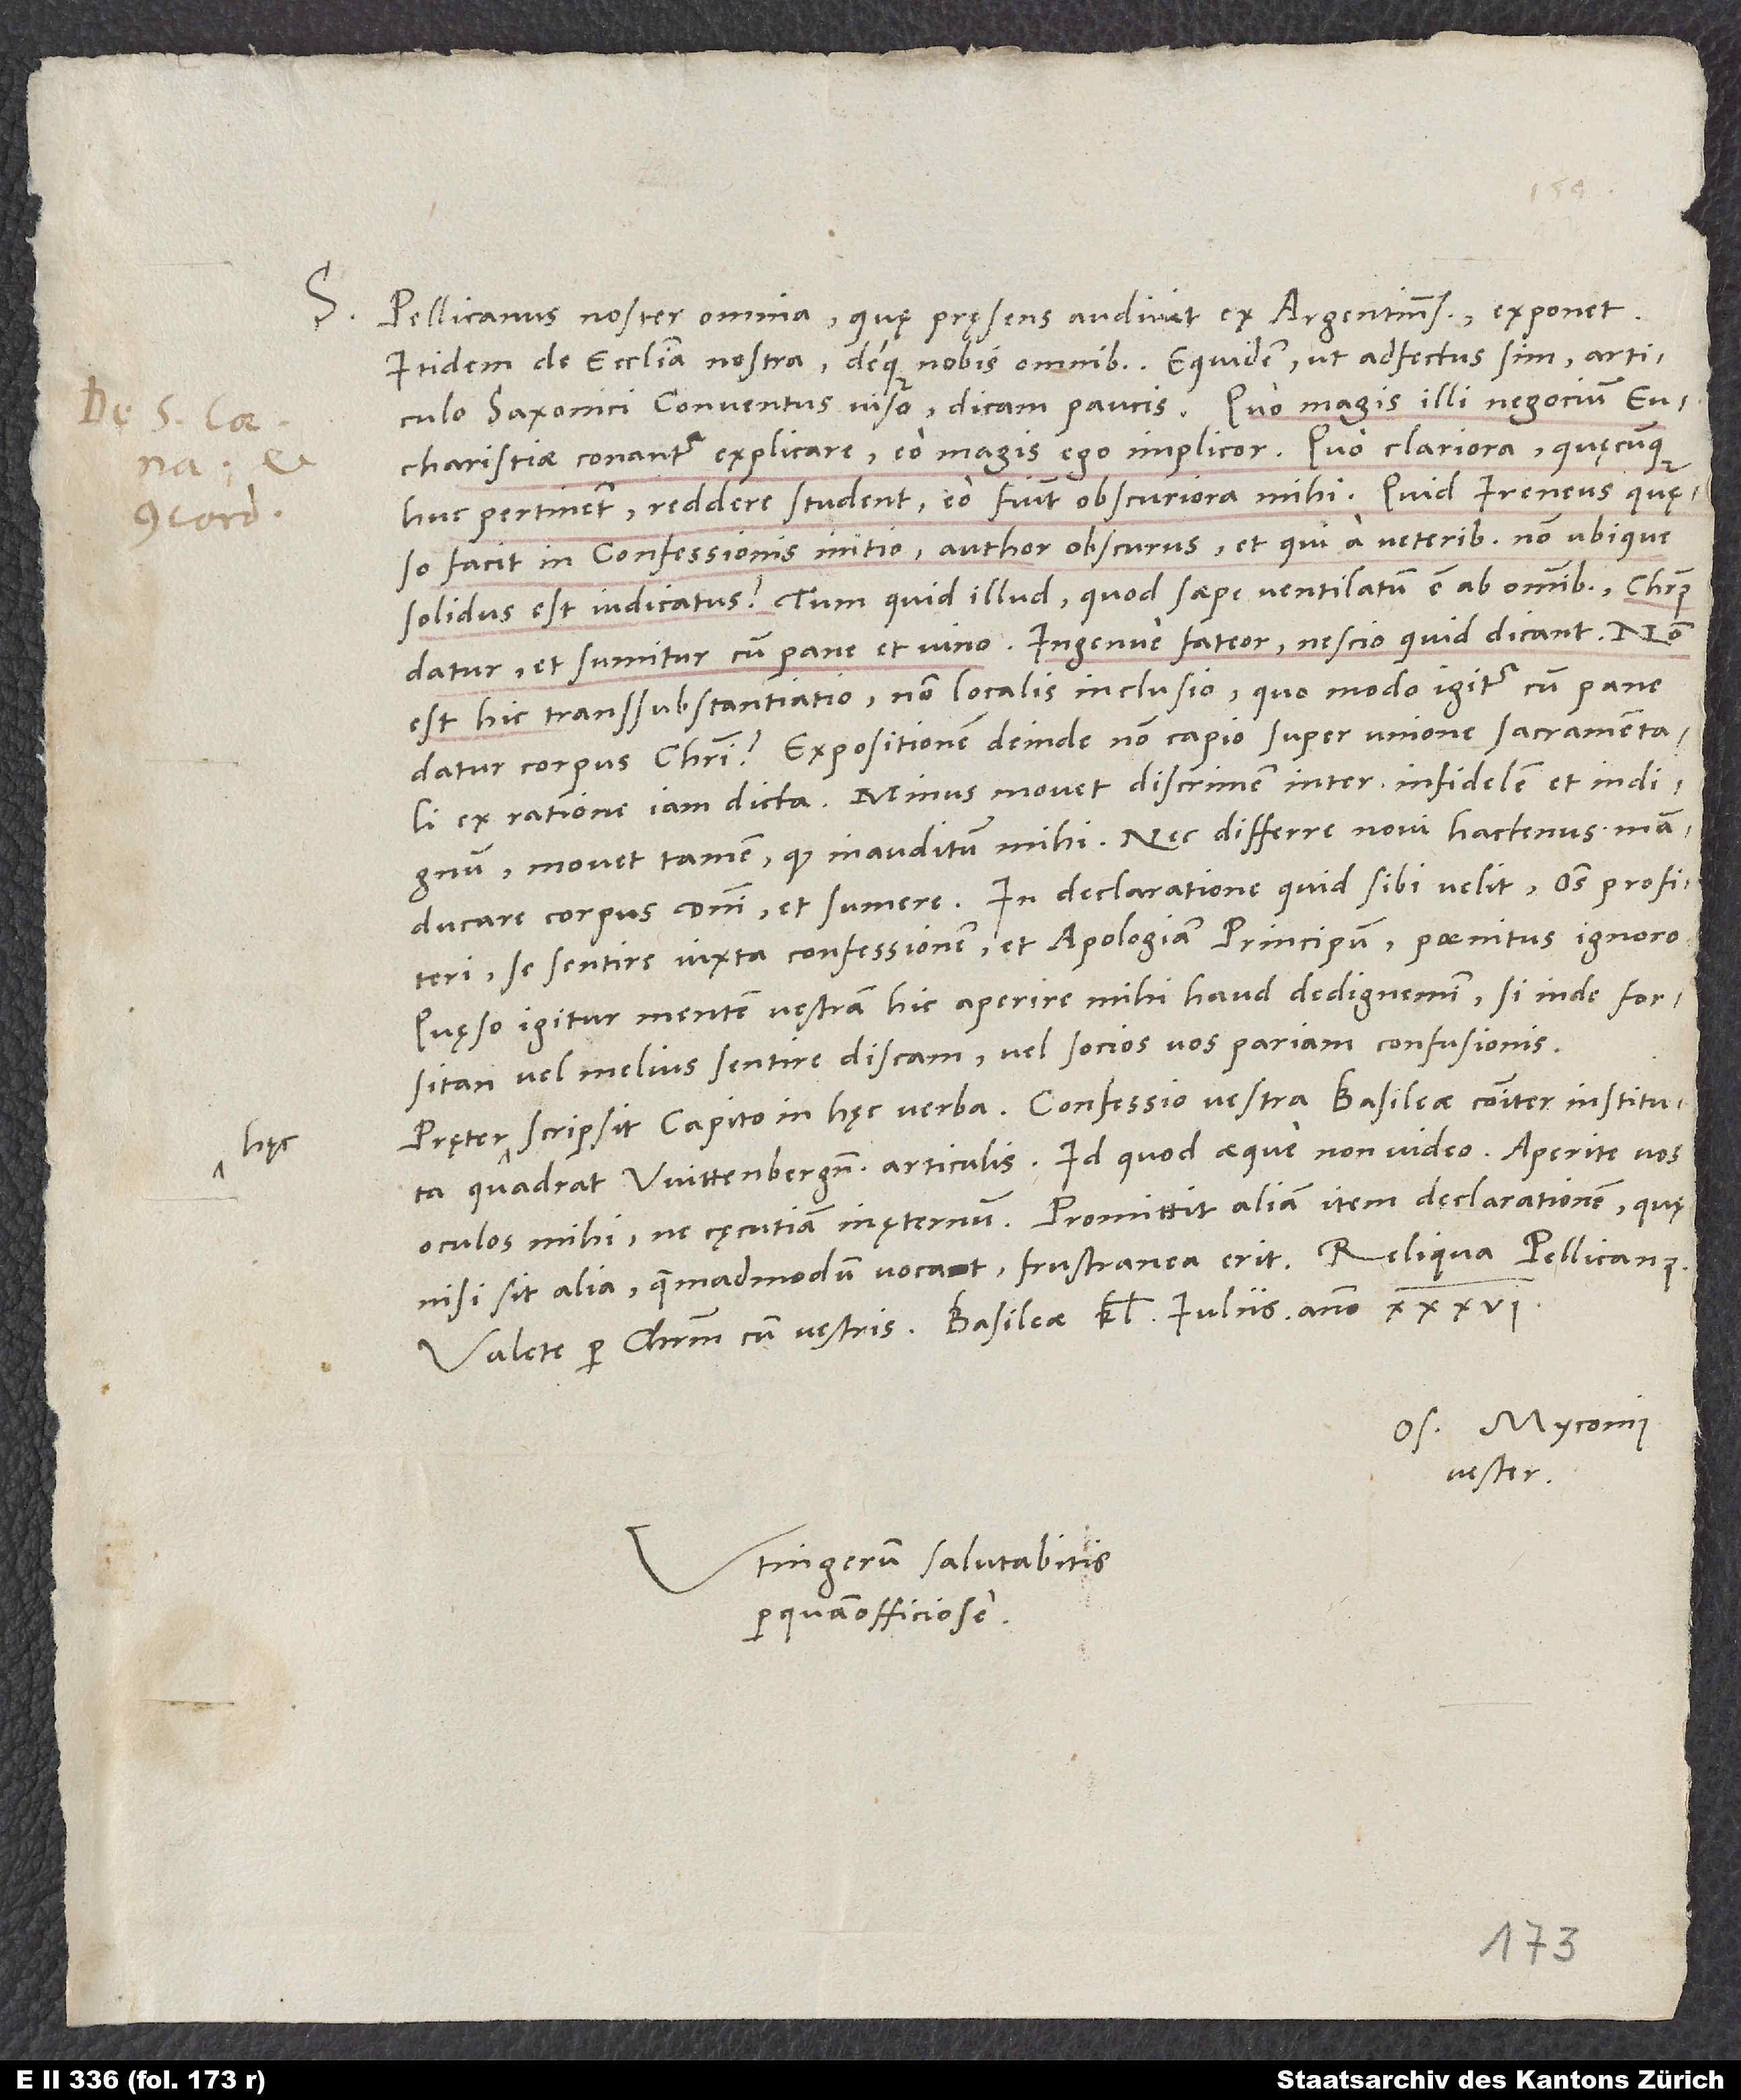
S.

Pellicanus noster omnia, quae praesens audivit ex Argentinensibus, exponet,
itidem de ecclesia nostra deque nobis omnibus. Equidem ut adfectus sim articulo
Saxonici conventus viso dicam, paucis. Quo magis illi negocium
eucharistiae conantur explicare, eo magis ego implicor. Quo clariora, quęcunque
huc pertinent, reddere student, eo fiunt obscuriora mihi. Quid Ireneus, quęso,
facit in confessionis initio author obscurus et qui a veteribus non ubique
solidus est iudicatus? Tum quid illud, quod saepe ventilatum est ab omnibus:
et sumitur cum pane et vino"? Ingenue fateor, nescio, quid dicant. Non
est hic transsubstantiatio, non localis inclusio; quo modo igitur cum pane
datur corpus Christi? Expositionem deinde non capio super unione sacramentali
ex ratione iam dicta. Minus movet discrimen inter infidelem et indignum;
movet tamen, quod inauditum mihi. Nec differre novi hactenus "manducare"
corpus domini et "sumere". In declaratione quid sibi velit omnes profiteri
se sentire iuxta confessionem et apologiam principum, paenitus ignoro.
Quaeso igitur, mentem vestram hic aperire mihi haud dedignemini, si inde forsitan
vel melius sentire discam vel socios vos pariam confusionis.
Pręter haec scripsit Capito in hęc verba: "Confessio vestra Basileae communiter instituta
quadrat Wittenbergensibus articulis", id quod aeque non video. Aperite vos
oculos mihi, ne cęcutiam in ęternum. Promittit aliam item declarationem, quę
nisi sit alia, quemadmodum vocat, frustranea erit. Reliqua Pellicanus.
Os. Myconius
vester.
Utingerum salutabitis
perquam officiöse.